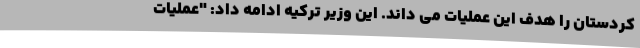
کردستان را هدف این عملیات می داند. این وزیر ترکیه ادامه داد: "عملیات